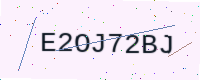
Text: E2OJ72BJ